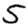
Digit: 5